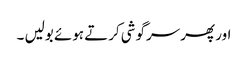
اور پھر سرگوشی کرتے ہوئے بولیں ۔